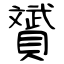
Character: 贇